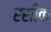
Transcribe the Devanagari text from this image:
रसीक